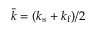
\bar { k } = ( k _ { \mathrm { s } } + k _ { \mathrm { f } } ) / 2